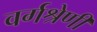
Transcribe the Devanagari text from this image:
वर्गश्रेणी